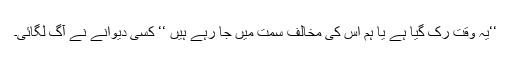
‘‘یہ وقت رک گیا ہے یا ہم اس کی مخالف سمت میں جا رہے ہیں ‘‘ کسی دیوانے نے آگ لگائی۔